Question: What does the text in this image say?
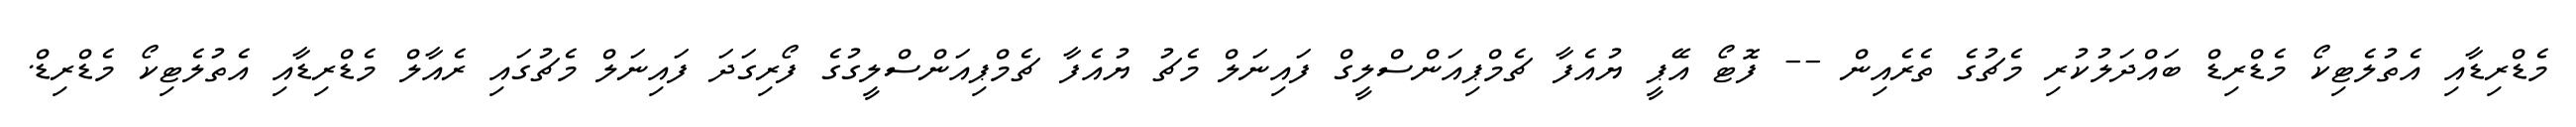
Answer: މެޑްރިޑާއި އެތުލެޓިކޯ މެޑްރިޑް ބައްދަލުކުރި މެޗުގެ ތެރެއިން -- ފޮޓޯ އޭޕީ ޔުއެފާ ޗެމްޕިއަންސްލީގް ފައިނަލް މެޗު ޔުއެފާ ޗެމްޕިއަންސްލީގުގެ ފޯރިގަދަ ފައިނަލް މެޗުގައި ރެއާލް މެޑްރިޑާއި އެތުލެޓިކޯ މެޑްރިޑް.